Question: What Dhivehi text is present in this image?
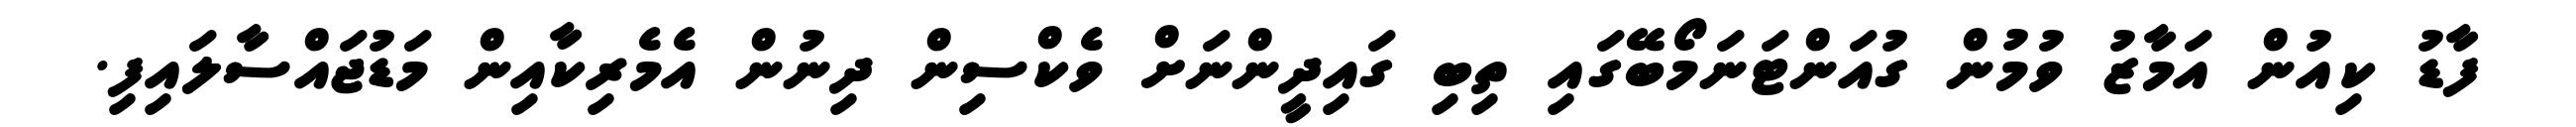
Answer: ފާޑު ކިއުން އަމާޒު ވުމުން ގުއަންޓަނަމޯބޭގައި ތިބި ގައިދީންނަށް ވެކްސިން ދިނުން އެމެރިކާއިން މަޑުޖައްސާލައިފި.